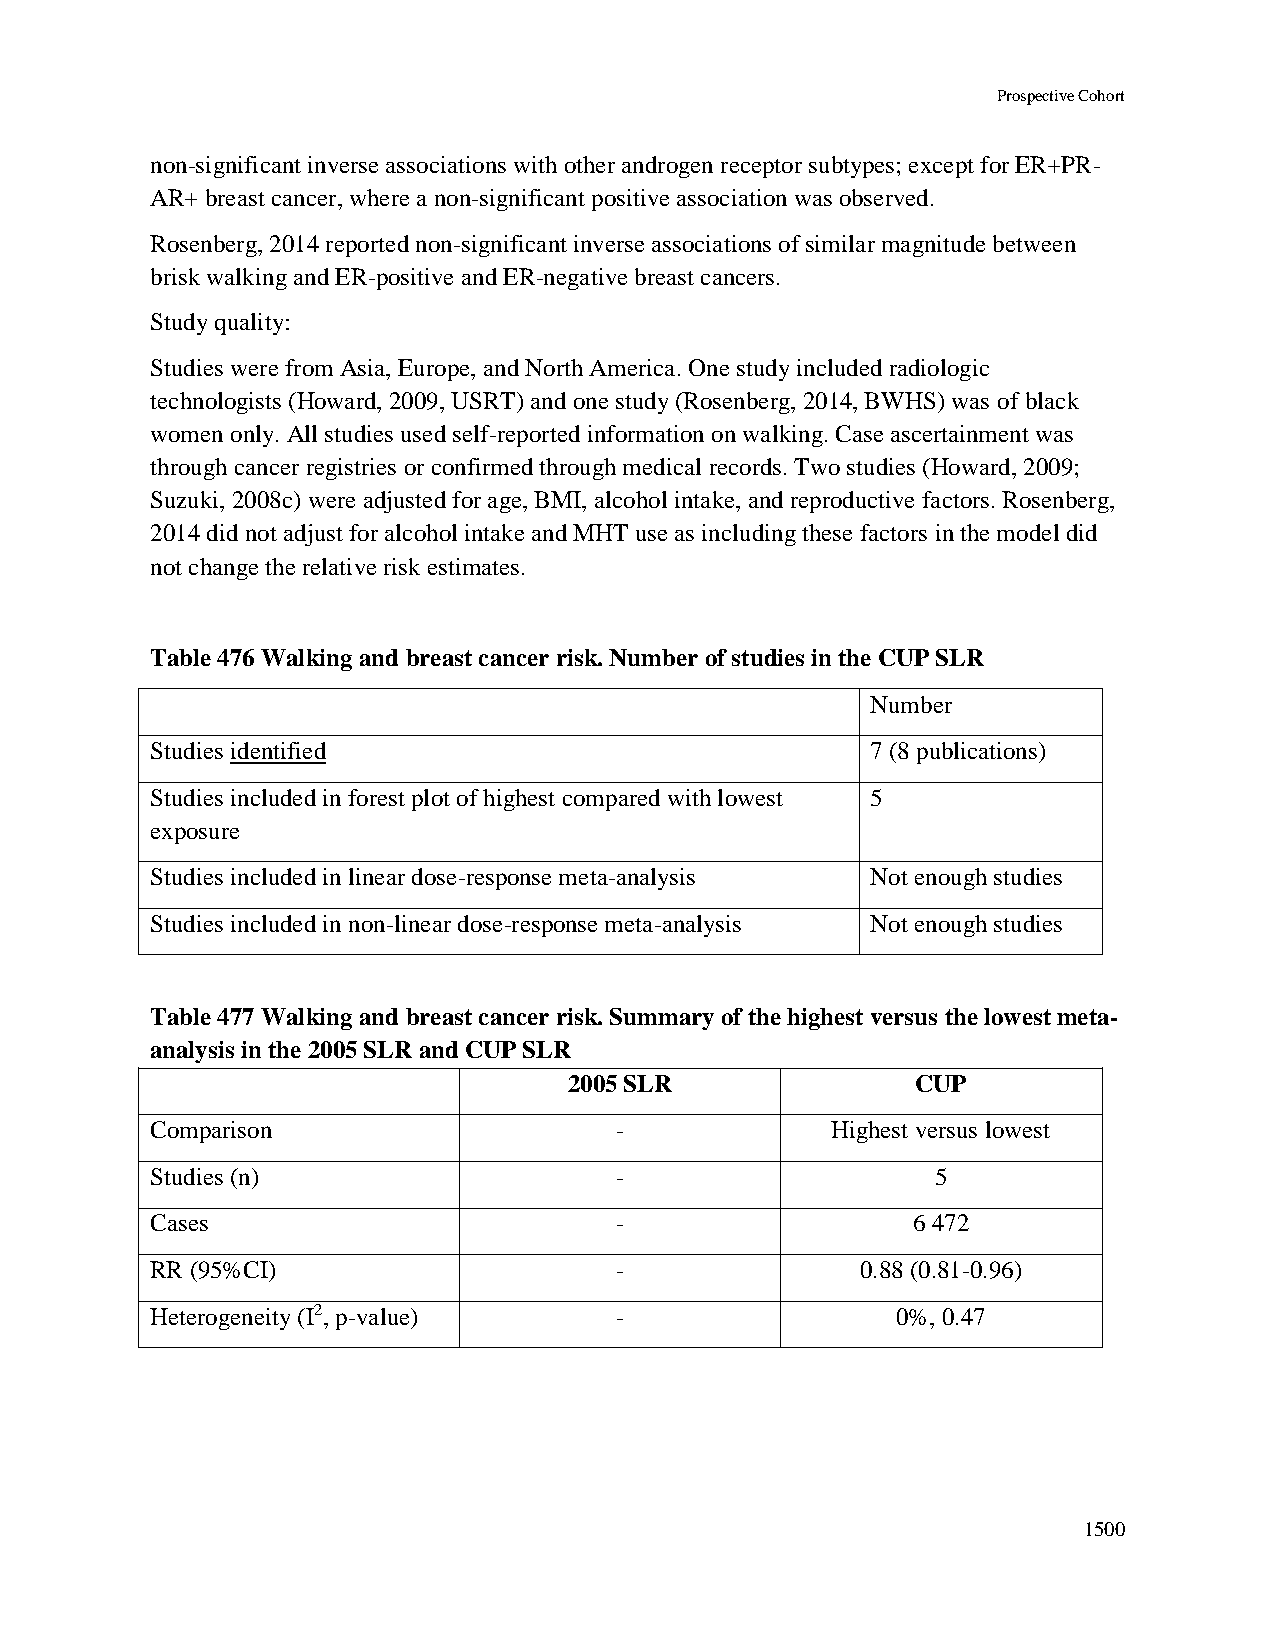
Prospective Cohort
 non-significant inverse associations with other androgen receptor subtypes; except for ER+PR-
 AR+ breast cancer, where a non-significant positive association was observed.
 Rosenberg, 2014 reported non-significant inverse associations of similar magnitude between
 brisk walking and ER-positive and ER-negative breast cancers.
 Study quality:
 Studies were from Asia, Europe, and North America. One study included radiologic
 technologists (Howard, 2009, USRT) and one study (Rosenberg, 2014, BWHS) was of black
 women only. All studies used self-reported information on walking. Case ascertainment was
 through cancer registries or confirmed through medical records. Two studies (Howard, 2009;
 Suzuki, 2008c) were adjusted for age, BMI, alcohol intake, and reproductive factors. Rosenberg,
 2014 did not adjust for alcohol intake and MHT use as including these factors in the model did
 not change the relative risk estimates.
 Table 476 Walking and breast cancer risk. Number of studies in the CUP SLR
 Number
 Studies identified                              7 (8 publications)
 Studies included in forest plot of highest compared with lowest 5
 exposure
 Studies included in linear dose-response meta-analysis Not enough studies
 Studies included in non-linear dose-response meta-analysis Not enough studies
 Table 477 Walking and breast cancer risk. Summary of the highest versus the lowest meta-
 analysis in the 2005 SLR and CUP SLR
 2005 SLR               CUP
 Comparison                     -             Highest versus lowest
 Studies (n)                    -                    5
 Cases                          -                  6 472
 RR (95%CI)                     -               0.88 (0.81-0.96)
 Heterogeneity (I2, p-value)    -                 0%, 0.47
 1500